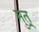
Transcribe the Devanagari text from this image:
मुत्र्